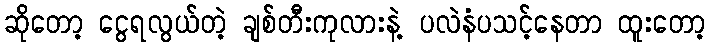
ဆိုတော့ ငွေရလွယ်တဲ့ ချစ်တီးကုလားနဲ့ ပလဲနံပသင့်နေတာ ထူးတော့